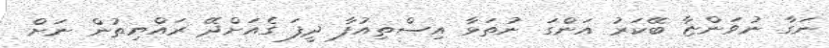
ނަގާ ނުވަންޏާ ބޭކަރު އަންގަ ނުތަޅާ އިސްތިއުފާ ދީފަ ގެއަށްދޭ ރައްޔިތުން ނަށް